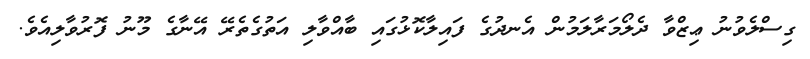
ގިސްލެވުނު ޢިޒްވާ ދެލޯމަރާލަމުން އެނދުގެ ފައިލާކޮޅުގައި ބާއްވާލި އަތުގެތެރޭ އޭނާގެ މޫނު ފޮރުވާލިއެވެ.